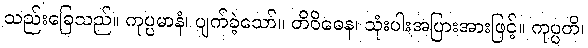
သည်းခြေသည်။ ကုပ္ပမာနံ၊ ပျက်ခဲ့သော်။ တိဝိဓေန၊ သုံးပါးအပြားအားဖြင့်။ ကုပ္ပတိ၊